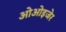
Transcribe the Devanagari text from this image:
ओओइजेर